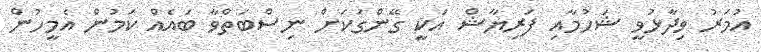
އުމަރު ވިދާޅުވީ ޝަހުމާއި ފަރިޔާޝް އަކީ ގޭންގަކަށް ނިސްބަތްވާ ބައެއް ކަމުން އެމީހުން